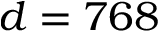
d = 7 6 8